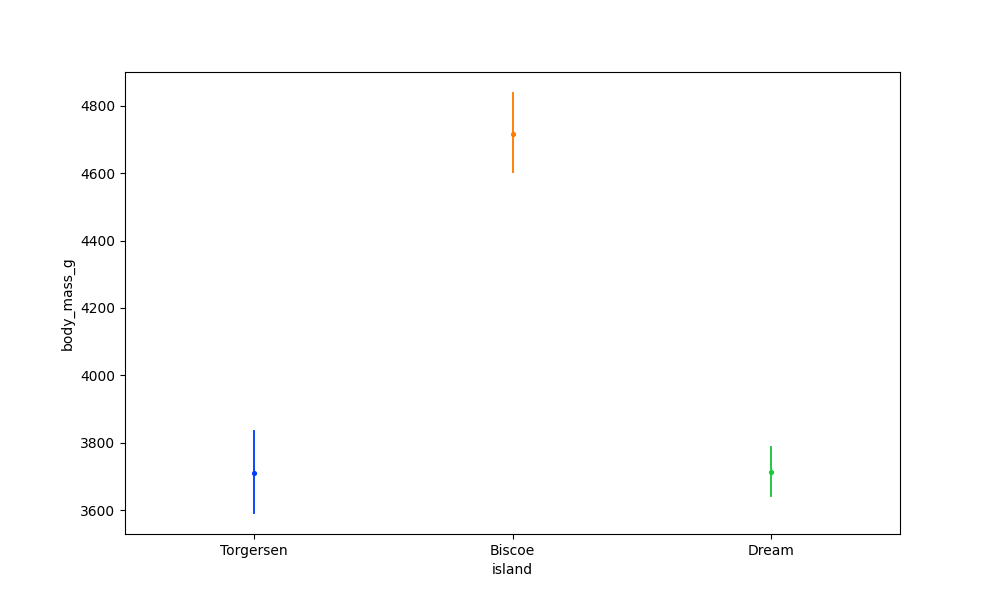
python, seaborn, pointplot, scale=0.5, join=True, hue='None', palette='bright'